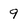
Character: 9